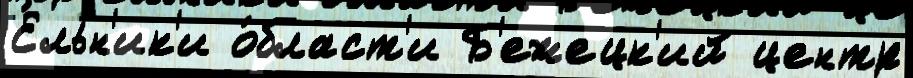
Е́льн'ик'и о́бласт'и Б'ежецк'ий центр